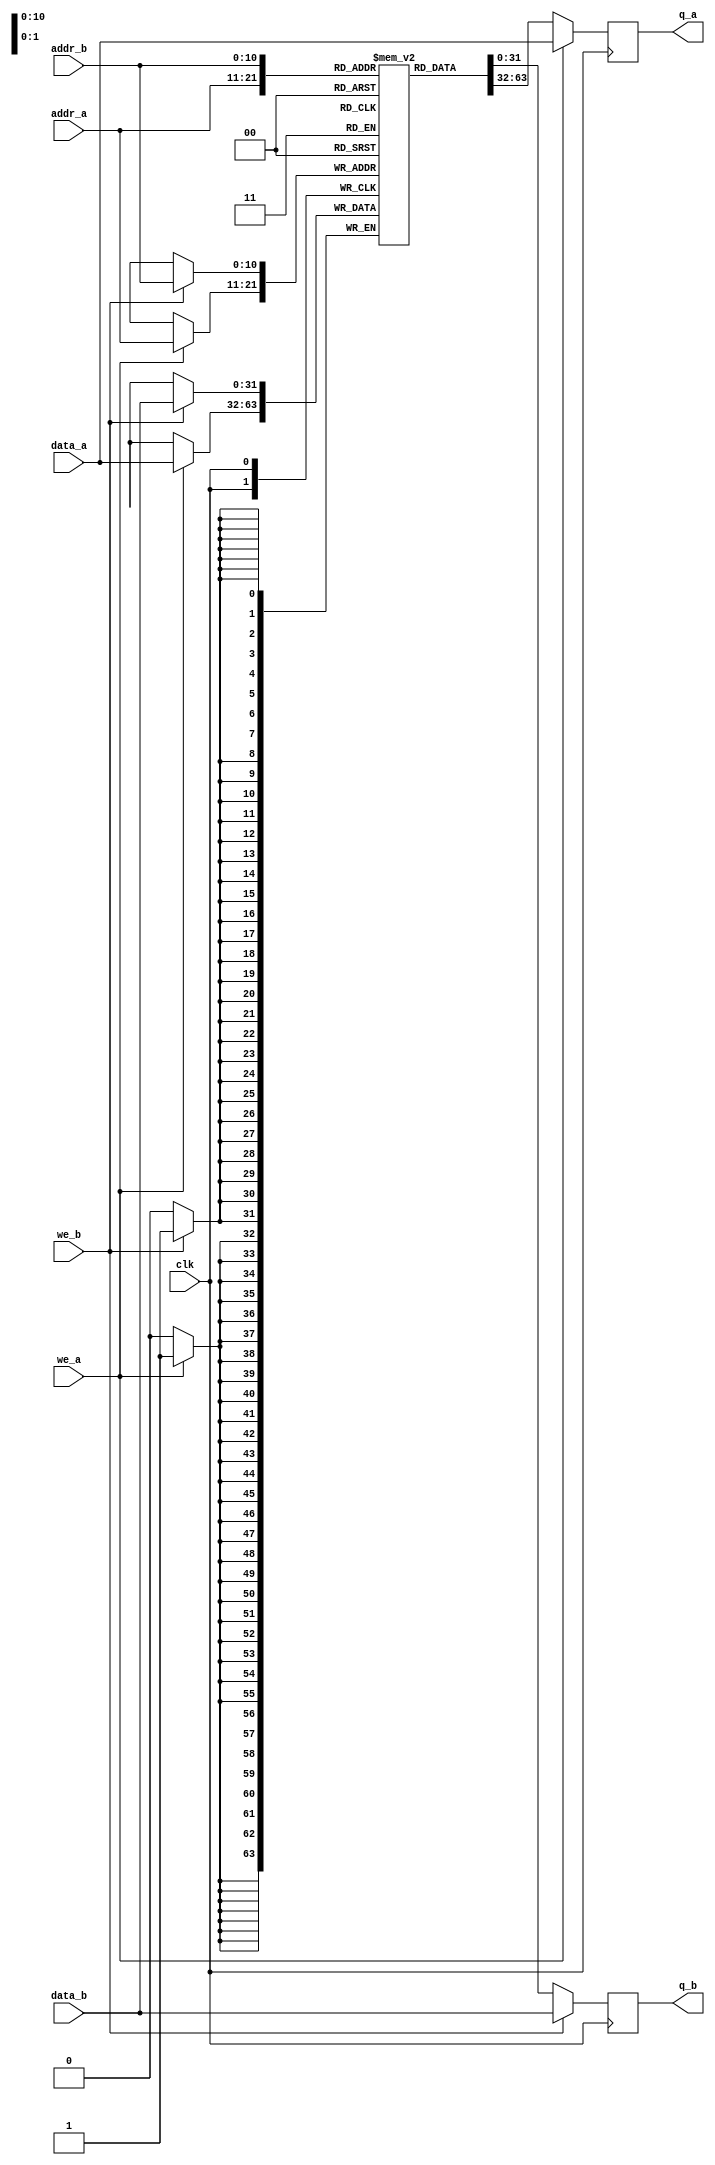
// Quartus II Verilog Template
// True Dual Port RAM with single clock

module true_dual_port_ram_single_clock
#(parameter DATA_WIDTH=32, parameter ADDR_WIDTH=11)
(
	input [(DATA_WIDTH-1):0] data_a, data_b,
	input [(ADDR_WIDTH-1):0] addr_a, addr_b,
	input we_a, we_b, clk,
	output reg [(DATA_WIDTH-1):0] q_a, q_b
);

	// Declare the RAM variable
	reg [DATA_WIDTH-1:0] ram[2**ADDR_WIDTH-1:0];

	integer i;
	initial
	begin
		for (i = 0; i < 2**ADDR_WIDTH; i = i + 1)
		begin
			ram[i] <= {DATA_WIDTH{1'b0}};
		end
	end

	// Port A 
	always @ (posedge clk)
	begin
		if (we_a) 
		begin
			ram[addr_a] <= data_a;
			q_a <= data_a;
		end
		else 
		begin
			q_a <= ram[addr_a];
		end 
	end 

	// Port B 
	always @ (posedge clk)
	begin
		if (we_b) 
		begin
			ram[addr_b] <= data_b;
			q_b <= data_b;
		end
		else 
		begin
			q_b <= ram[addr_b];
		end 
	end

endmodule